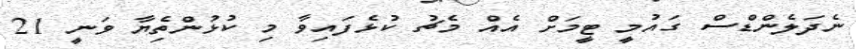
ނެދަލެންޑްސް ގައުމީ ޓީމަށް އެއް މެޗު ކުޅެފައިވާ މި ކުޅުންތެިޔާ ވަނީ 21